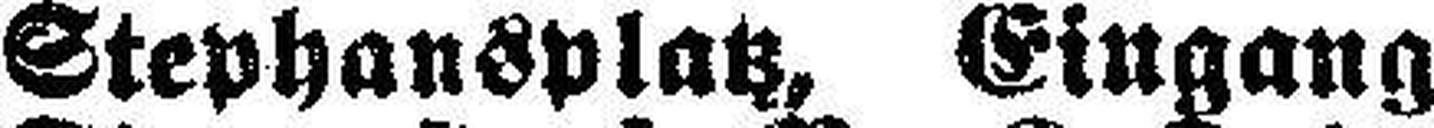
Stephansplatz, Eingang